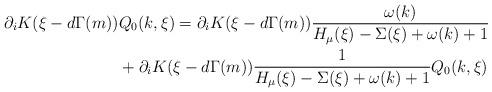
LaTeX: \begin{align*}\partial_i K(\xi-d\Gamma(m))&Q_0(k,\xi)=\partial_i K(\xi-d\Gamma(m))\frac{\omega(k)}{H_\mu(\xi)-\Sigma(\xi)+\omega(k)+1} \\&+\partial_i K(\xi-d\Gamma(m))\frac{1}{H_\mu(\xi)-\Sigma(\xi)+\omega(k)+1}Q_0(k,\xi)\end{align*}